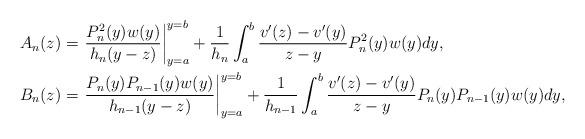
LaTeX: \begin{align*}\begin{aligned}A_n(z)&=\left .\frac{P_n^2(y)w(y)}{h_n(y-z)}\right |_{y=a}^{y=b}+\frac{1}{h_n}\int_{a}^{b}\frac{v'(z)-v'(y)}{z-y} P_{n}^2(y)w(y)dy,\\B_n(z)&=\left .\frac{P_n(y)P_{n-1}(y)w(y)}{h_{n-1}(y-z)}\right |_{y=a}^{y=b}+\frac{1}{h_{n-1}}\int_{a}^{b}\frac{v'(z)-v'(y)}{z-y} P_{n}(y)P_{n-1}(y)w(y)dy,\end{aligned}\end{align*}